Problem: 45 + 24 = ?
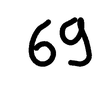
Handwritten answer: 69